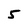
Character: 5